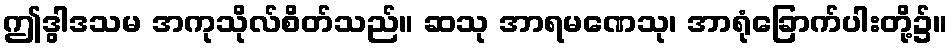
ဤဒွါဒသမ အကုသိုလ်စိတ်သည်။ ဆသု အာရမဏေသု၊ အာရုံခြောက်ပါးတို့၌။